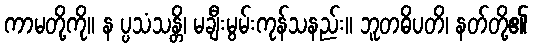
ကာမတို့ကို။ န ပ္ပသံသန္တိ၊ မချီးမွမ်းကုန်သနည်း။ ဘူတဓိပတိ၊ နတ်တို့၏